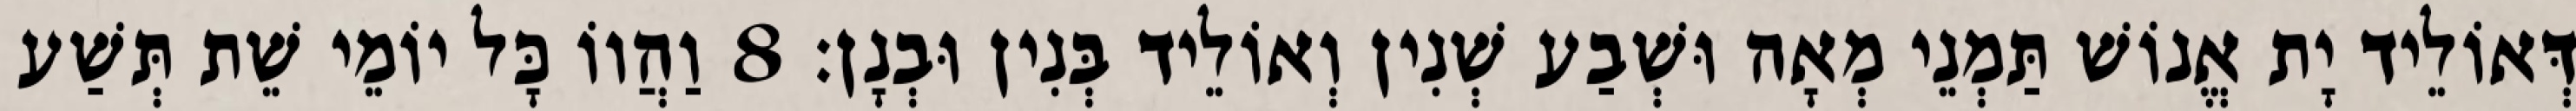
דְּאוֹלֵיד יָת אֱנוֹשׁ תַּמְנֵי מְאָה וּשְׁבַע שְׁנִין וְאוֹלֵיד בְּנִין וּבְנָן׃ 8 וַהֲווֹ כָּל יוֹמֵי שֵׁת תְּשַׁע